Papers set at the Examination for Leaving Certificates, 1895
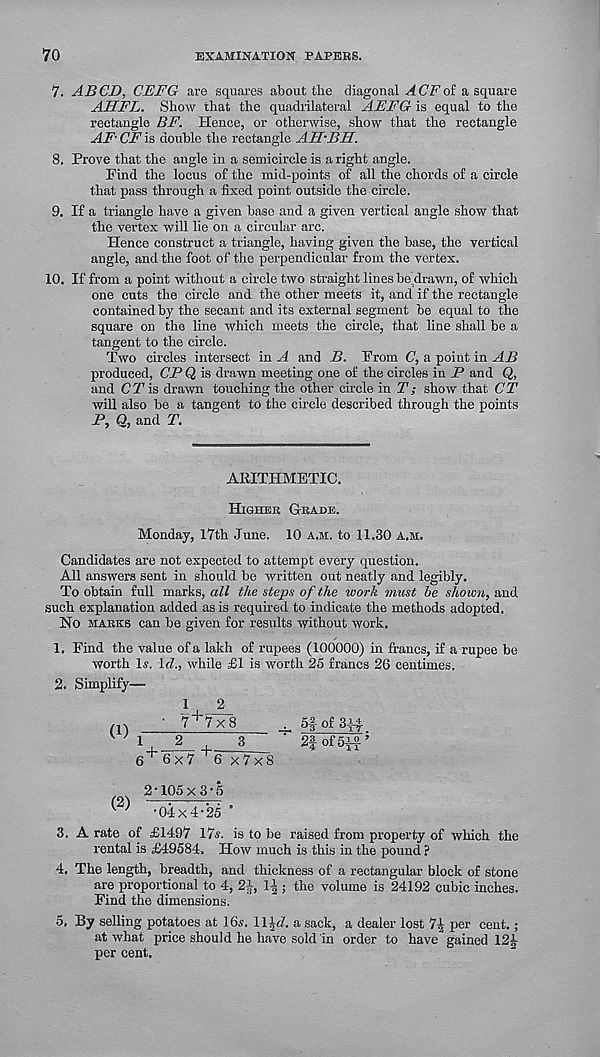
70
EXAMINATION PAPERS.
7. ABCD, CEFG are squares about the diagonal A GF of a square
AHFL. Show that the quadrilateral AEFG is equal to the
rectangle BF. Hence, or otherwise, show that the rectangle
AF' CF is double the rectangle AH-BH.
8. Prove that the angle in a semicircle is aright angle.
Find the locus of the mid-points of all the chords of a circle
that pass through a fixed point outside the circle.
9. If a triangle have a given base and a given vertical angle show that
the vertex will lie on a circular arc.
Hence construct a triangle, having given the base, the vertical
angle, and the foot of the perpendicular from the vertex.
10. If from a point without a circle two straight lines be drawn, of which
one cuts the circle and the other meets it, and if the rectangle
contained by the secant and its external segment be equal to the
square on the line which meets the circle, that line shall be a
tangent to the circle.
Two circles intersect in A and B. From C, a point in AB
produced, CFQ is drawn meeting one of the circles in -P and Q,
and CT is drawn touching the other circle in T; show that CT
will also be a tangent to the circle described through the points
F, Q, and T.
ARITHMETIC.
Higher Grade.
Monday, 17th June. 10 a.m. to 11.30 A.M.
Candidates are not expected to attempt every question.
All answers sent in should be written out neatly and legibly.
To obtain full marks, all the steps of the work must be shown, and
such explanation added as is required to indicate the methods adopted.
No marks can be given for results without work.
1. Find the value of a lakh of rupees (100000) in francs, if a rupee be
worth Is. id., while £1 is worth 25 francs 26 centimes.
2. Simplify—
1
JL
ps
' 7 + 7x8
Sfof3i^
W 1
2
3
' 2fof5A£ ;
6 + 6x7
x7x8
2‘105 x 3‘5
^ ’ -04X4-25 "
3. A rate of £1497 17«. is to be raised from property of which the
rental is £49584, How much is this in the pound ?
4. The length, breadth, and thickness of a rectangular block of stone
are proportional to 4, 21, 1|; the volume is 24192 cubic inches.
Find the dimensions.
5. By selling potatoes at 16s. 11^7. a sack, a dealer lost
per cent.;
at what price should he have sold in order to have gained 124
per cent.